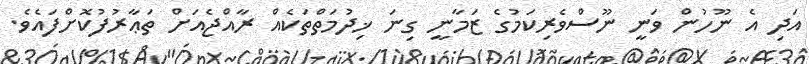
އަދި އެ ނޫހުން ވަނީ ނޫސްވެރިކަމުގެ ޒަމާނީ ގިނަ ޚިދުމަތްތަކެއް ރާއްޖެއަށް ތަޢާރުފުކޮށްފައެވެ.